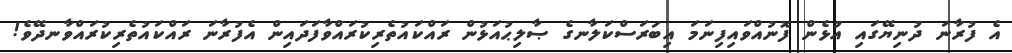
އެ ފުރާނަ ދުނިޔޭގައި އުޅެން ފޮނުއްވައިފިނަމަ އިބަރަސްކަލާނގެ ޞާލިޙުއަޅުން ރައްކައުތެރިކުރައްވާފަދައިން އެފުރާނަ ރައްކައުތެރިކުރައްވާނދޭވެ!